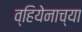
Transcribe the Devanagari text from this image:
व्हियेनाच्या